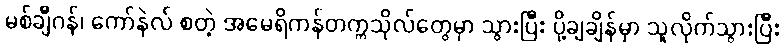
မစ်ချီဂန်၊ ကော်နဲလ် စတဲ့ အမေရိကန်တက္ကသိုလ်တွေမှာ သွားပြီး ပို့ချချိန်မှာ သူလိုက်သွားပြီး